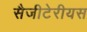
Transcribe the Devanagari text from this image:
सैजीटेरीयस